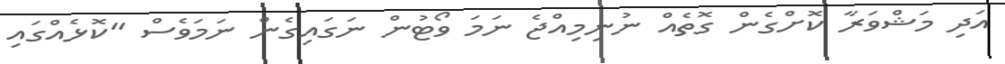
އަދި މަޝްވަރާ ކޮށްގެން ގޮތެއް ނުނިމިއްޖެ ނަމަ ވޯޓުން ނަގައިގެން ނަމަވެސް "ކޮޅެއްގައި